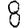
Digit: 8